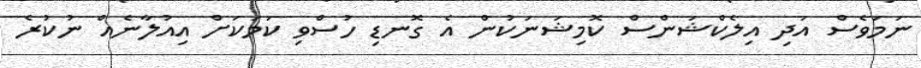
ނަމަވެސް އަދި އިލެކްޝަންސް ކޮމިޝަނަކުން އެ ގޮނޑި ހުސްވި ކަމަކަށް އިއުލާނެއް ނުކުރެ